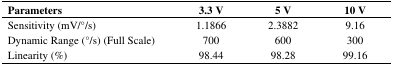
<table><thead><tr><td><b>Parameters</b></td><td><b>3.3 V</b></td><td><b>5 V</b></td><td><b>10 V</b></td></tr></thead><tbody><tr><td>Sensitivity (mV/°/s)</td><td>1.1866</td><td>2.3882</td><td>9.16</td></tr><tr><td>Dynamic Range (°/s) (Full Scale)</td><td>700</td><td>600</td><td>300</td></tr><tr><td>Linearity (%)</td><td>98.44</td><td>98.28</td><td>99.16</td></tr></tbody></table>